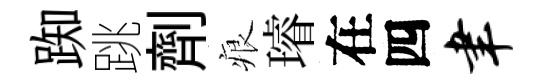
踟跳劑痕璿在四聿